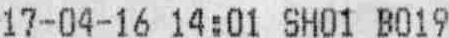
17-04-16 14:01 SH01 B019